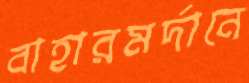
বাহারমর্দানে